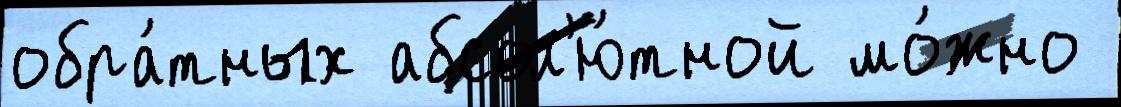
обра́тных абсол'ю́тной мо́жно